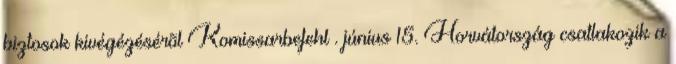
biztosok kivégézésérõl Komissarbefehl . június 15. Horvátország csatlakozik a